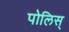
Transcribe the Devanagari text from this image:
पोलिस्